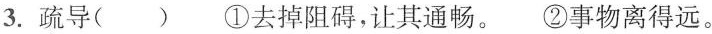
3.疏导( ) ①去掉阻碍，让其通畅。 ②事物离得远。